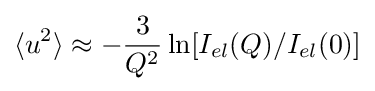
\langle u^{2}\rangle \approx -{\frac {3}{Q^{2}}}\ln[I_{el}(Q)/I_{el}(0)]